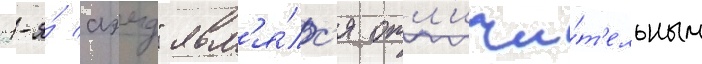
"1-я́ аэмд" явл'я́лс'я отл'ичи́т'ельным